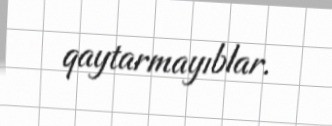
qaytarmayıblar.